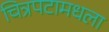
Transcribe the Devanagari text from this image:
चित्रपटामधला